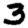
Digit: 3